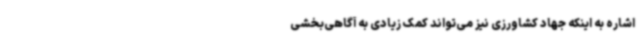
اشاره به اینکه جهاد کشاورزی نیز می‌تواند کمک زیادی به آگاهی‌بخشی